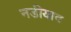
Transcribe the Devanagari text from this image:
नडीयाद